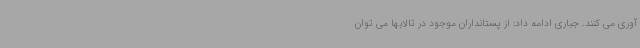
آوری می کنند. جباری ادامه داد: از پستانداران موجود در تالابها می توان